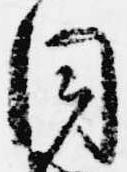
同